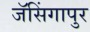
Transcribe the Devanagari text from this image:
जॅसिंगापुर